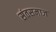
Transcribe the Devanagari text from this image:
संतसमाज